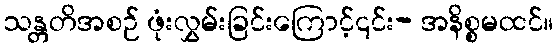
သန္တတိအစဉ် ဖုံးလွှမ်းခြင်းကြောင့်၎င်း- အနိစ္စမထင်။